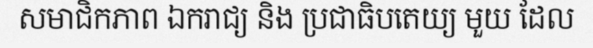
សមាជិកភាព ឯករាជ្យ និង ប្រជាធិបតេយ្យ មួយ ដែល